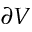
\partial V